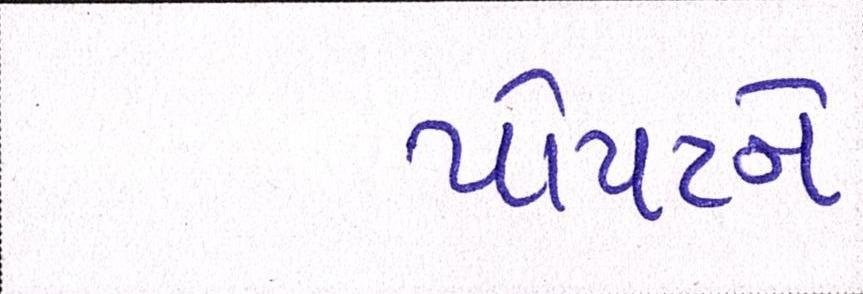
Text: પોપટને